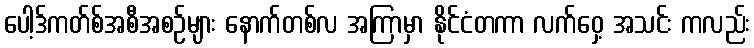
ပေါ့ဒ်ကတ်စ်အစီအစဉ်များ နောက်တစ်လ အကြာမှာ နိုင်ငံတကာ လက်ဝှေ့ အသင်း ကလည်း